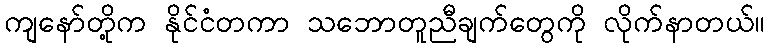
ကျနော်တို့က နိုင်ငံတကာ သဘောတူညီချက်တွေကို လိုက်နာတယ်။